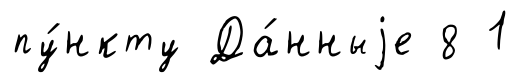
пу́нкту Да́нныjе 8 1